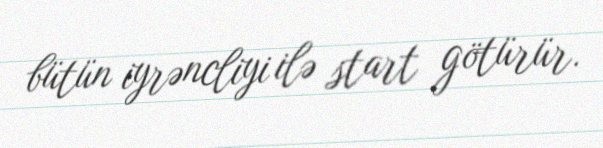
bütün iyrəncliyi ilə start götürür.